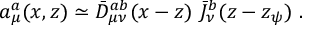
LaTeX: a _ { \mu } ^ { a } ( x , z ) \simeq \bar { D } _ { \mu \nu } ^ { a b } ( x - z ) ~ \bar { J } _ { \nu } ^ { b } ( z - z _ { \psi } ) ~ .